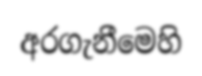
අරගැනීමෙහි